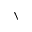
\mathcal { N }